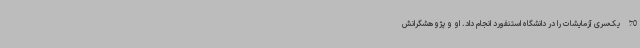
70 یک‌سری آزمایشات را در دانشگاه استنفورد انجام داد. او و پژوهشگرانش